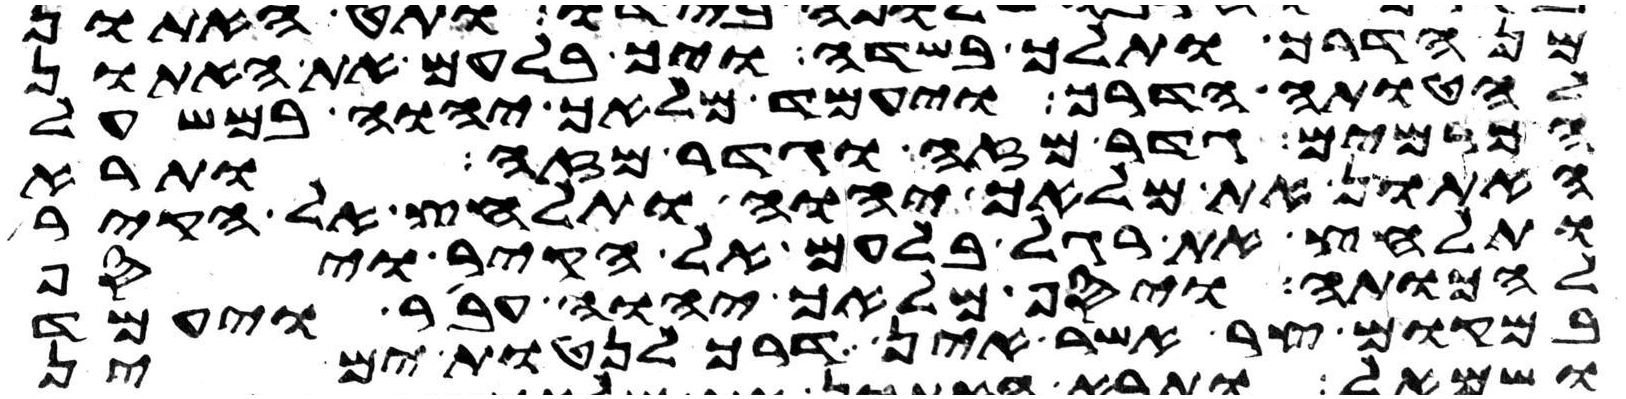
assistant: מן הדרך ותלך בשדה ויך בלעם את האתון
להטותה הדרך ויעמד מלאך יהוה במשעל
הכרמים גדר מזה וגדר מזה ותרא
האתון את מלאך יהוה ותלחץ אל הקיר
ותלחץ את רגל בלעם אל הקיר ויסף
להכותה ויסף מלאך יהוה עבר ויעמד
במקום צר אשר אין דרך לנטות ימין